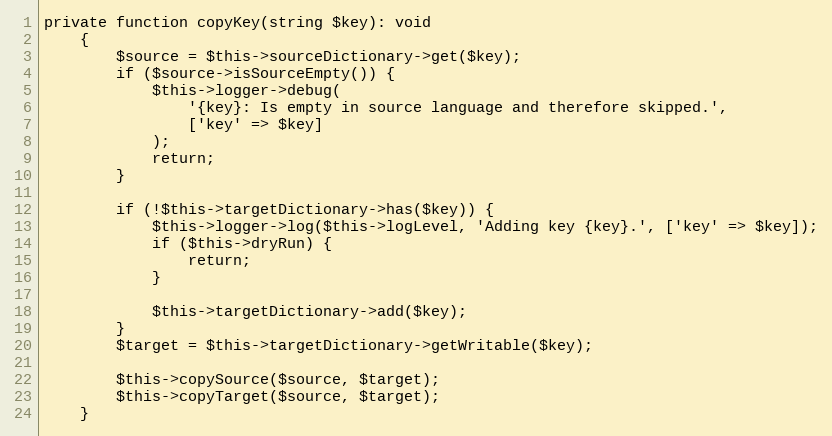
Language: PHP
private function copyKey(string $key): void
    {
        $source = $this->sourceDictionary->get($key);
        if ($source->isSourceEmpty()) {
            $this->logger->debug(
                '{key}: Is empty in source language and therefore skipped.',
                ['key' => $key]
            );
            return;
        }

        if (!$this->targetDictionary->has($key)) {
            $this->logger->log($this->logLevel, 'Adding key {key}.', ['key' => $key]);
            if ($this->dryRun) {
                return;
            }

            $this->targetDictionary->add($key);
        }
        $target = $this->targetDictionary->getWritable($key);

        $this->copySource($source, $target);
        $this->copyTarget($source, $target);
    }